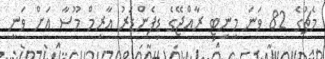
މެޗުގެ 82 ވަނަ މިނިޓި ރާއްޖޭގެ ޑިފެންޑަރު އާރިމް މޫސާ އަށް ވަނީ